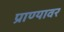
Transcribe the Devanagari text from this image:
प्राण्यावर